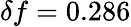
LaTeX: \delta f=0.286